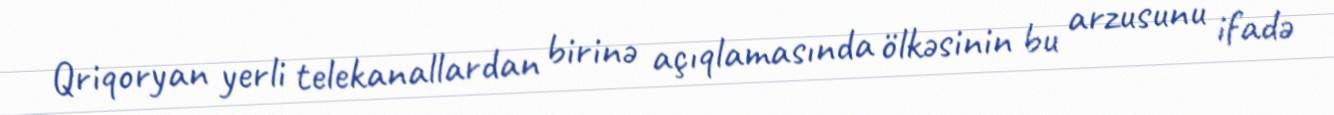
Qriqoryan yerli telekanallardan birinə açıqlamasında ölkəsinin bu arzusunu ifadə